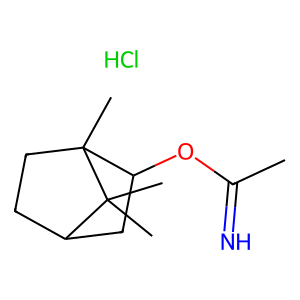
SMILES: CC(=N)OC1CC2CCC1(C)C2(C)C.Cl
Inhibits HIV replication: No